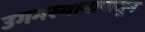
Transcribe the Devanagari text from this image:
उगमस्थानापासून